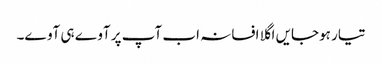
تیار ہوجایں اگلا افسانہ اب آپ پر آوے ہی آوے۔